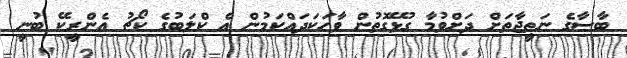
ބާސާގެ ނަތީޖާތަށް ދަށްވުމާ ގުޅޭގޮތުން ވާހަކަދައްކަމުން އެ ކްލަބުގެ ކޯޗު އެންރީކޭ ބުނީ